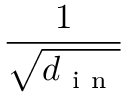
\frac { 1 } { \sqrt { d _ { \mathrm { ~ i ~ n ~ } } } }